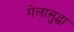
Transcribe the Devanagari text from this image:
गेलासुद्धा